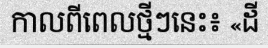
កាលពីពេលថ្មីៗនេះ៖ «ដី